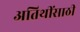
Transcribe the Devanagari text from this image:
अतिथींसाठी